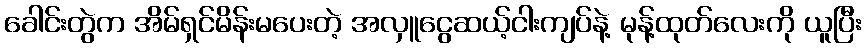
ခေါင်းတွဲက အိမ်ရှင်မိန်းမပေးတဲ့ အလှူငွေဆယ့်ငါးကျပ်နဲ့ မုန့်ထုတ်လေးကို ယူပြီး